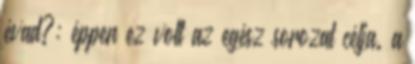
évad?: éppen ez volt az egész sorozat célja. a